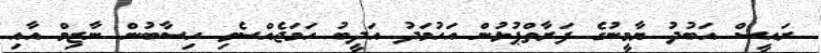
ރައީސް އަބުދު ޔާމީނުގެ ފަރާތްޕުޅުން އަހުމަދު އަދީބު ހަމަޖެއްސެވި ހިސާބުން ނާޒިމް އާއި